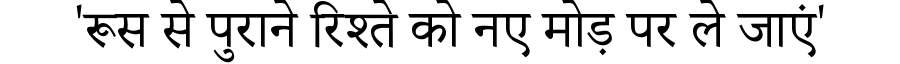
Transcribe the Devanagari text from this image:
'रूस से पुराने रिश्ते को नए मोड़ पर ले जाएं'